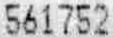
561752